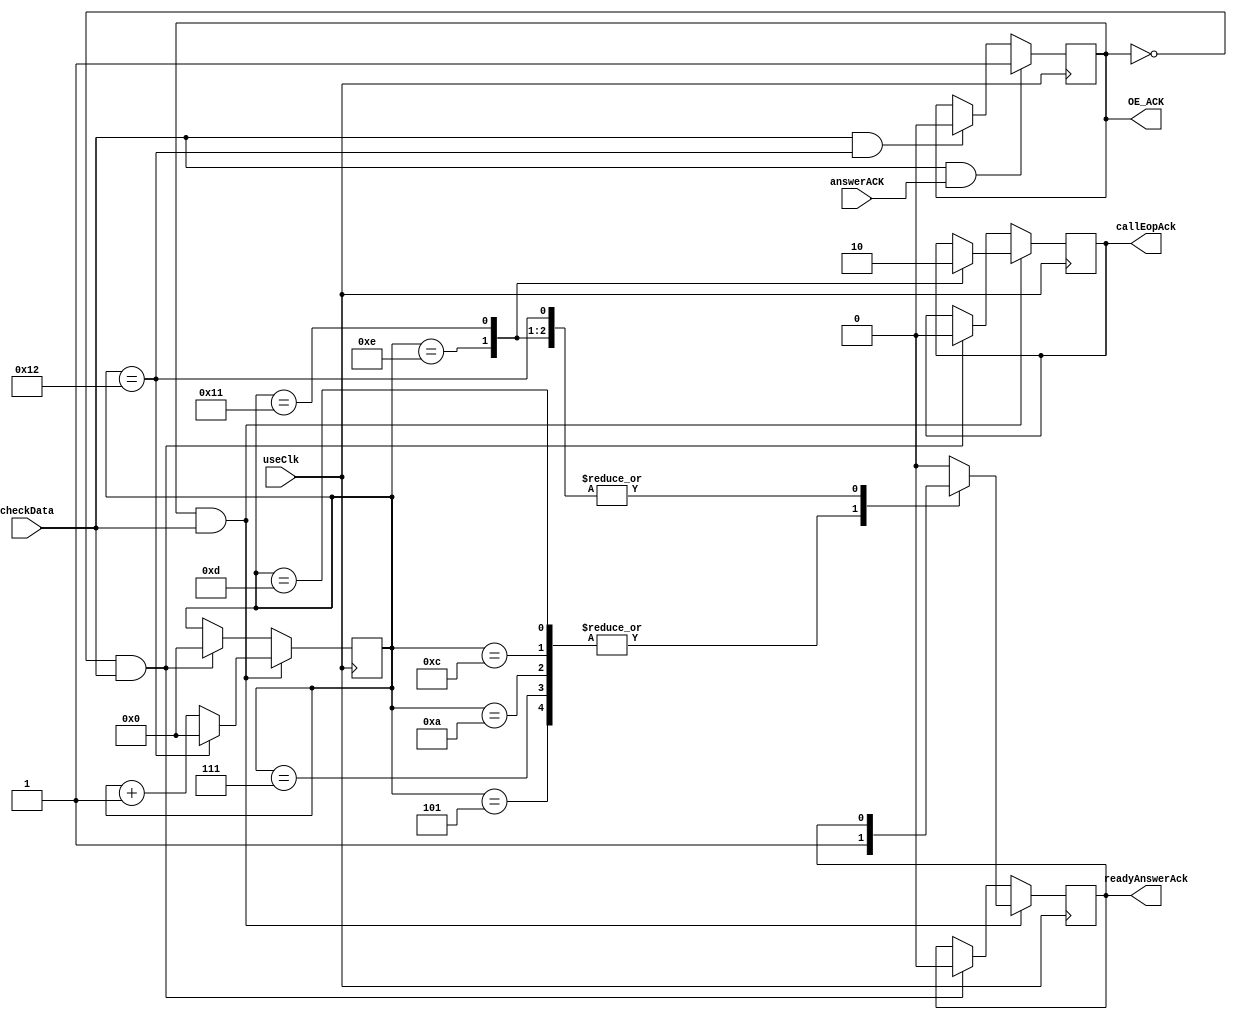
`timescale 1ns / 1ps

module ACK(input useClk,
           input answerACK,
           input checkData,
           output reg readyAnswerAck = 0,
           output reg OE_ACK = 0,
           output reg callEopAck = 0);

    reg [5:0] counterAnswerAck = 0;

    always @(posedge useClk) begin
        if (checkData && answerACK) 
            OE_ACK <= 1;
        else if (checkData && (counterAnswerAck == 18))
            OE_ACK <= 0;
    end

    always @(posedge useClk) begin
        if (OE_ACK && checkData) begin
            counterAnswerAck <= counterAnswerAck + 1;
            case(counterAnswerAck)
                //----sync----
                0: readyAnswerAck <= 0;
                1: readyAnswerAck <= 0;                 
                2: readyAnswerAck <= 0;
                3: readyAnswerAck <= 0;
                4: readyAnswerAck <= 0;
                5: readyAnswerAck <= 1;
                //----Pid----
                6: readyAnswerAck <= 0;
                7: readyAnswerAck <= 1;
                8: readyAnswerAck <= 0;
                9: readyAnswerAck <= 0;
                10: readyAnswerAck <= 1;
                11: readyAnswerAck <= 0;
                12: readyAnswerAck <= 1;
                13: readyAnswerAck <= 1;
                14: callEopAck <= 1;
                17: callEopAck <= 0;
                18: counterAnswerAck <= 0;
                default: begin
                    readyAnswerAck <= 0;
                end
            endcase
        end
        else if (!OE_ACK && checkData) begin
            counterAnswerAck <= 0;
            readyAnswerAck <= 0;
            callEopAck <= 0;
        end
    end

endmodule